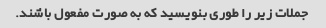
جملات زیر را طوری بنویسید که به صورت مفعول باشند.